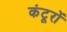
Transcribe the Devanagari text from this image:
कंटूरों